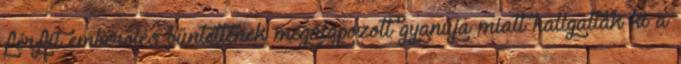
férfit emberölés bűntettének megalapozott gyanúja miatt hallgatták ki a